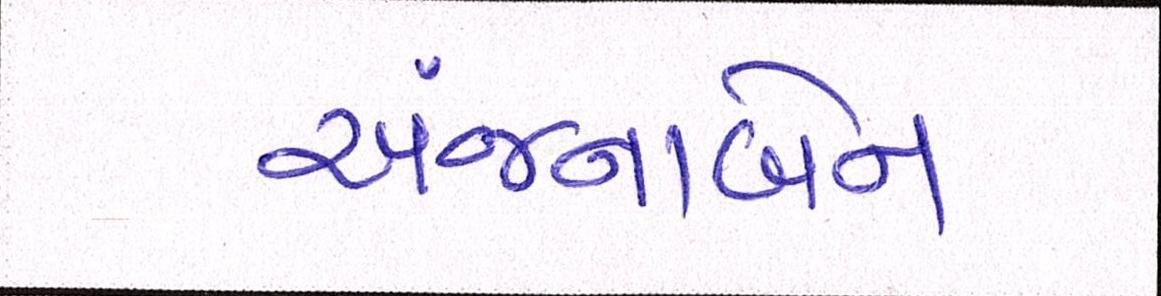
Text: અંજનાબેન